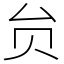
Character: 贠